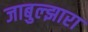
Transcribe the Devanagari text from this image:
जाबुल्झारा